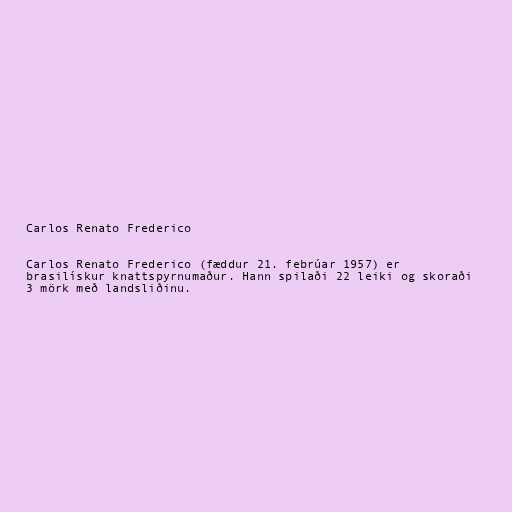
Carlos Renato Frederico

Carlos Renato Frederico (fæddur 21. febrúar 1957) er
brasilískur knattspyrnumaður. Hann spilaði 22 leiki og skoraði
3 mörk með landsliðinu.